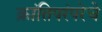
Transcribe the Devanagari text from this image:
क्रांतिपरंपरेचे